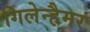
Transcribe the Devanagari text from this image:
गिलेन्हैमर